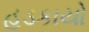
હડકાયો